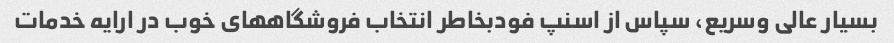
بسیار عالی وسریع، سپاس از اسنپ فودبخاطر انتخاب فروشگاههای خوب در ارایه خدمات